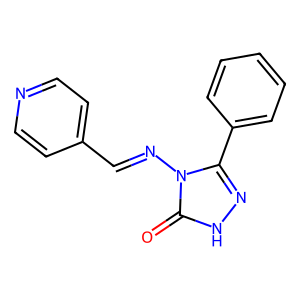
SMILES: O=c1[nH]nc(-c2ccccc2)n1N=Cc1ccncc1
Inhibits HIV replication: No